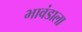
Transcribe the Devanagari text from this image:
भावंडाला